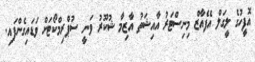
އޮފީހުގެ ލީގަލް އެފެއާޒް މިނިސްޓަރު އާއިޝަތު އާޒިމާ ޝުކޫރު ވަނީ ސުޕްރިމްކޯޓަށް ވަޑައިގެންފައި.